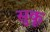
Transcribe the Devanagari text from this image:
सुकू